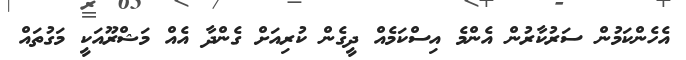
އެހެންކަމުން ސަރުކާރުން އެންމެ އިސްކަމެއް ދީގެން ކުރިއަށް ގެންދާ އެއް މަޝްރޫއަކީ މަގުތައް